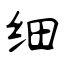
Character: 细